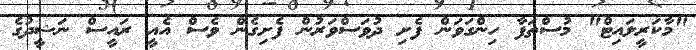
"މާކަރީލައިޓް" މުސްތަފާ ހިންގަވަން ފެށި ދުވަސްވަރުން ފެށިގެން ވެސް އެއީ ރައީސް ނަޝީދުގެ